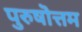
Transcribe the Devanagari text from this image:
पुरुषॊत्तम